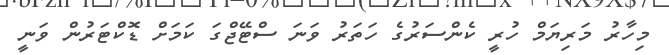
މިހާރު މަރިޔަމް ހުރީ ކެންސަރުގެ ހަތަރު ވަނަ ސްޓޭޖްގަ ކަމަށް ޑޮކްޓަރުން ވަނީ